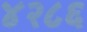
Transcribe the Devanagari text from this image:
४२८६